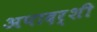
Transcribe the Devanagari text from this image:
अपादर्शी